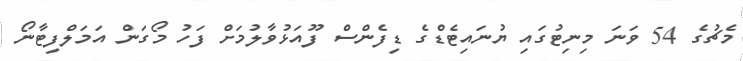
މެޗުގެ 54 ވަނަ މިނިޓުގައި ޔުނައިޓެޑްގެ ޑިފެންސް ފޫއަޅުވާލުމަށް ފަހު މޯގަން އަމަލްފިޓާނޯ